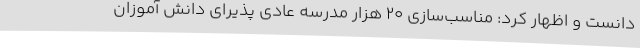
دانست و اظهار کرد: مناسب‌سازی 20‌ هزار مدرسه عادی پذیرای دانش آموزان